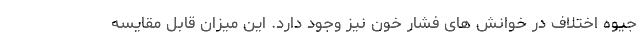
جیوه اختلاف در خوانش های فشار خون نیز وجود دارد. این میزان قابل مقایسه